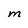
Character: M